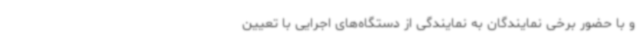
و با حضور برخی نمایندگان به نمایندگی از دستگاه‌های اجرایی با تعیین